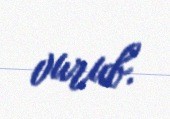
vurub.